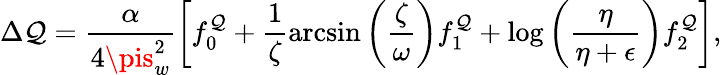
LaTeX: \Delta\mathcal{Q}=\frac{{\alpha}}{{4\pis_{w}^{2}}}\left[f_{0}^{\mathcal{Q}}+\frac{{1}}{{\zeta}}\arcsin\left(\frac{{\zeta}}{{\omega}}\right)f_{1}^{\mathcal{Q}}+\log\left(\frac{{\eta}}{{\eta+\epsilon}}\right)f_{2}^{\mathcal{Q}}\right],